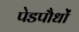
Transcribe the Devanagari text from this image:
पेडपौधों